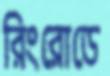
রিংরোডে